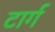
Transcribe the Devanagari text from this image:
टार्ग